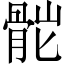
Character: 𩨷